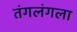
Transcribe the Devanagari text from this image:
तंगलंगला